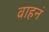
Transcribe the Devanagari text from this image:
वाहनं